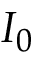
I _ { 0 }